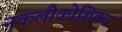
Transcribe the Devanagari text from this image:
नकलीकोशिका